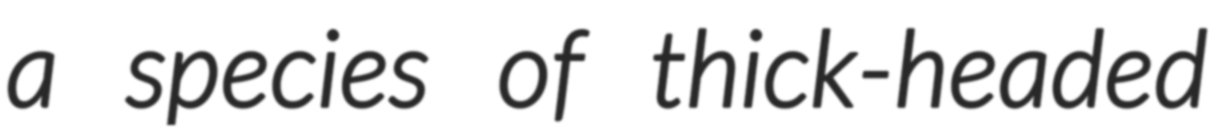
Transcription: a species of thick-headed